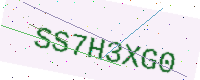
Text: SS7H3XG0